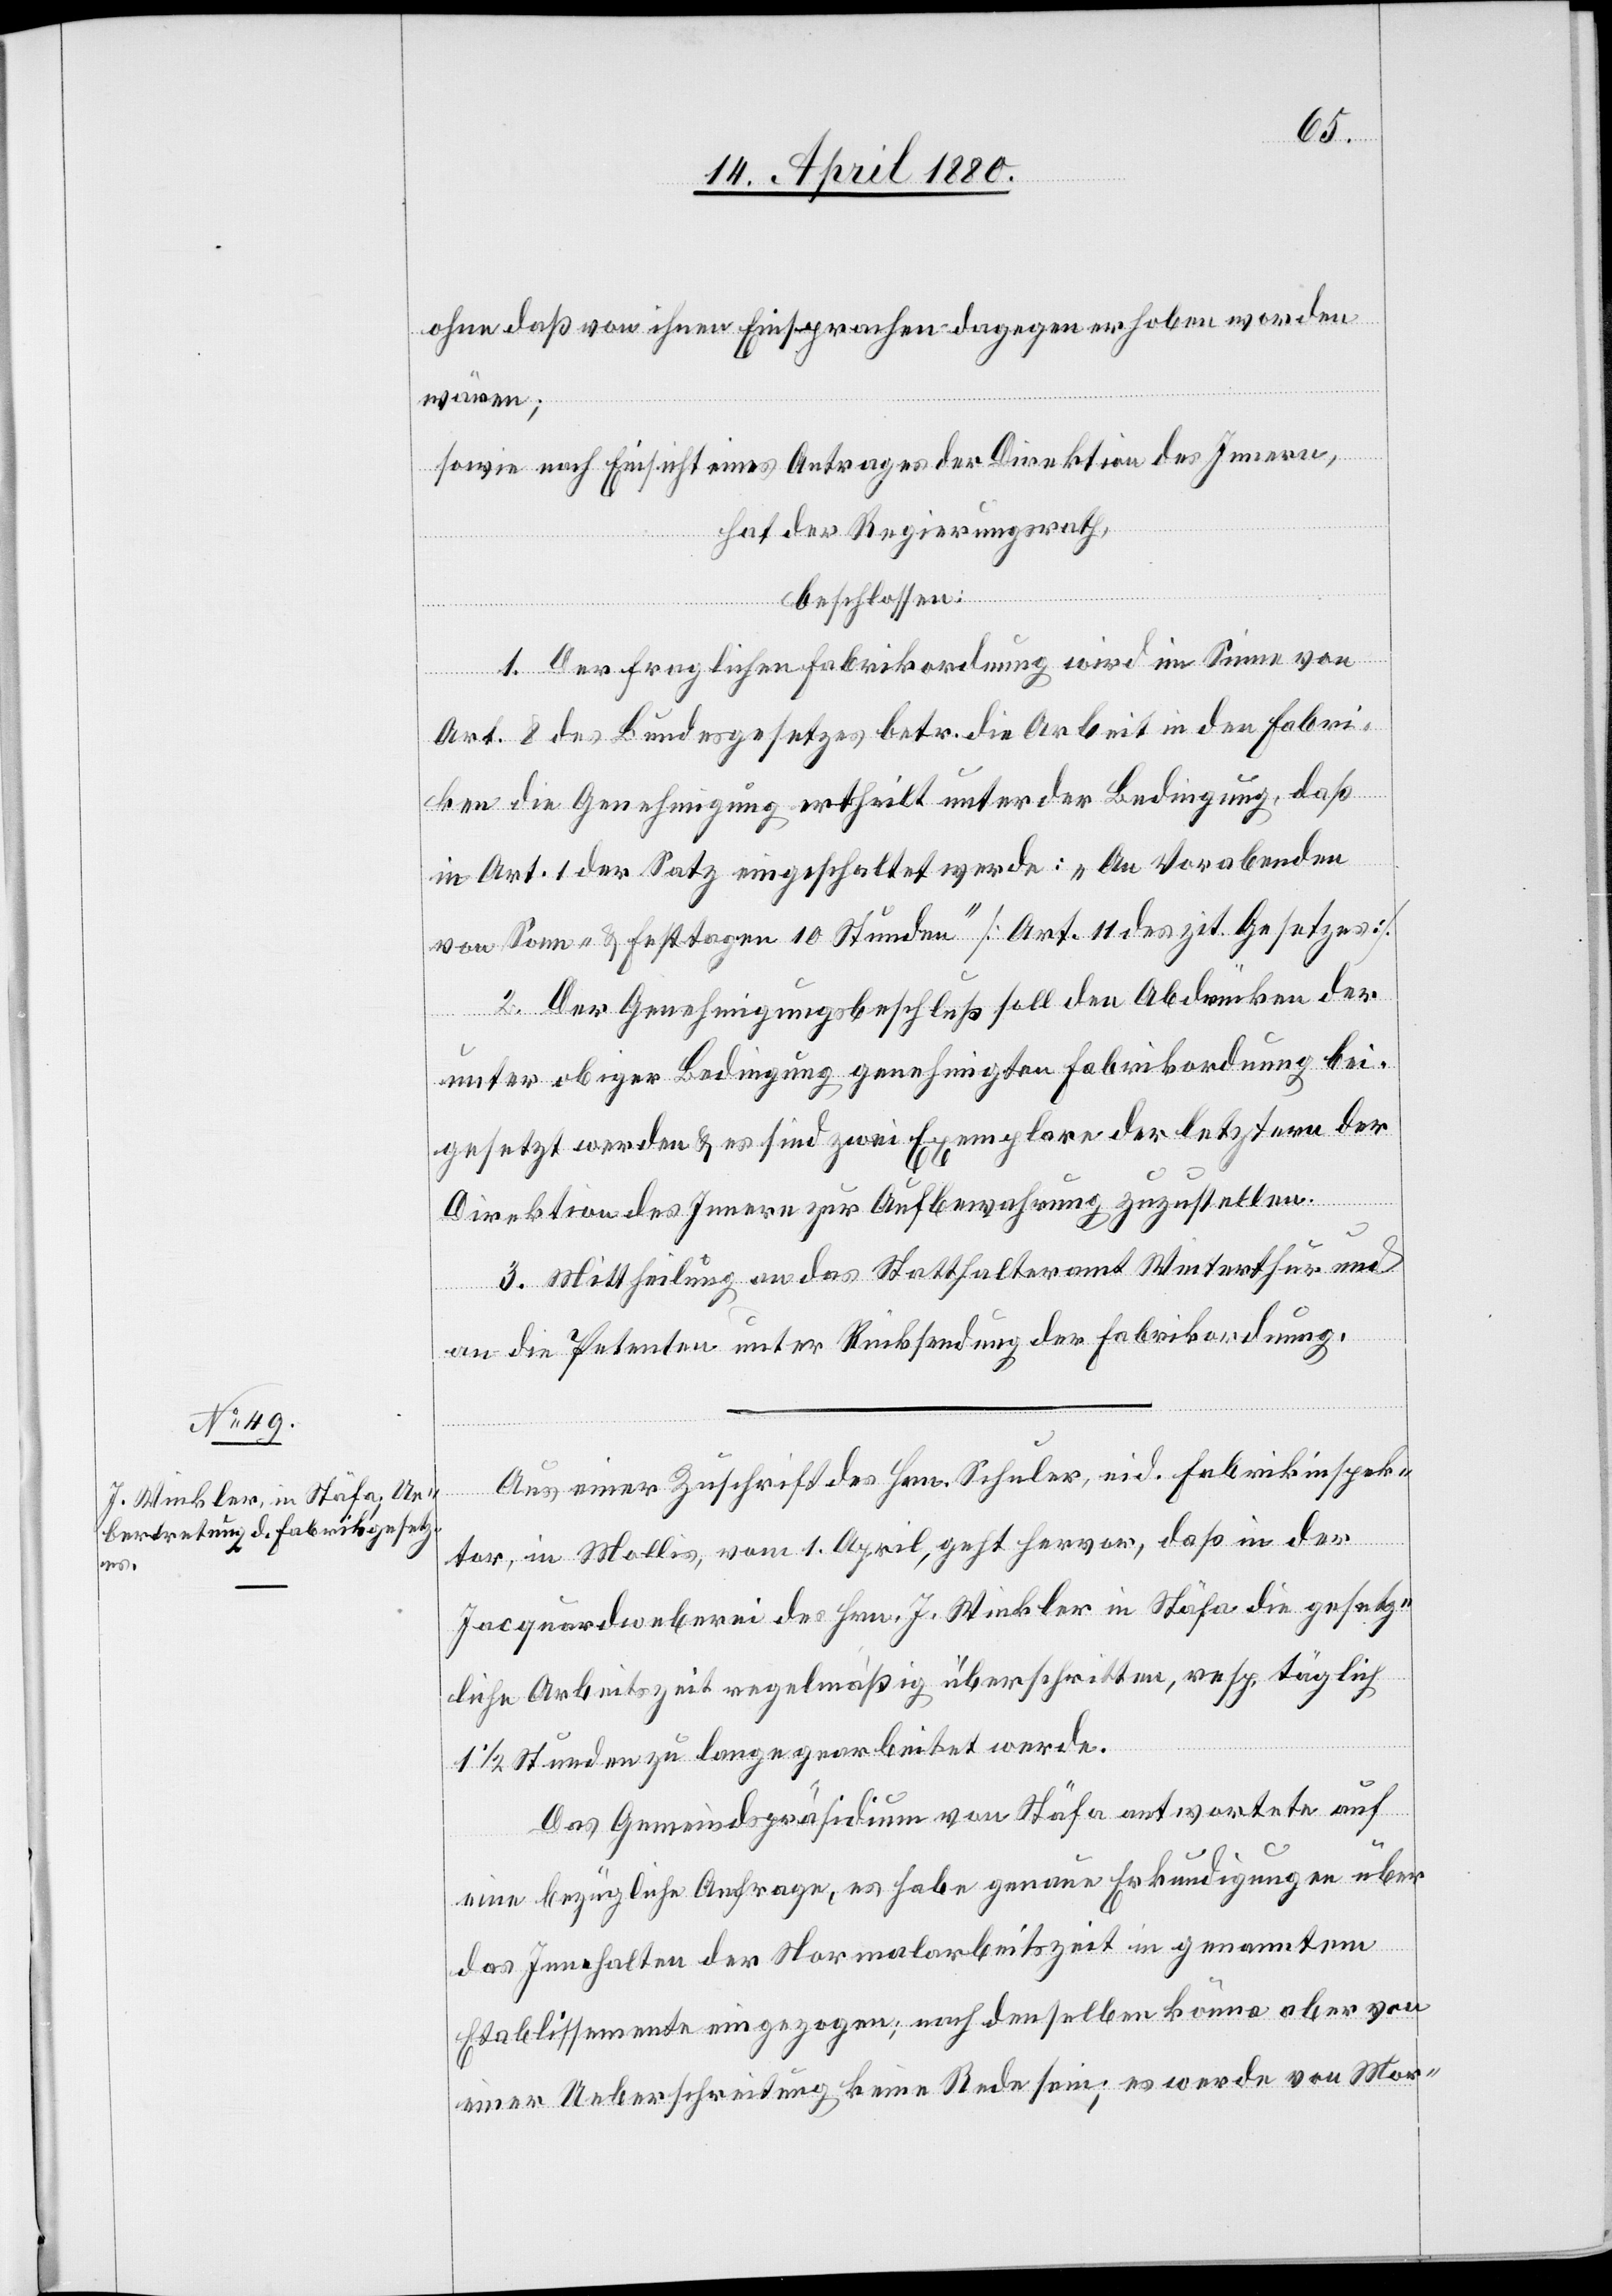
ohne daß von ihnen Einsprachen dagegen erhoben worden
wären;
sowie nach Einsicht eines Antrages der Direktion des Innern,
hat der Regierungsrath
beschlossen:
1. Der fraglichen Fabrikordnung wird im Sinne von
Art. 8 des Bundesgesetzes betr. die Arbeit in den Fabri¬
ken die Genehmigung ertheilt unter der Bedingung, daß
in Art. 1 der Satz eingeschaltet werde: „An Vorabenden
von Sonn- & Festtagen 10 Stunden“ [Art. 11 des zit. Gesetzes].
2. Der Genehmigungsbeschluß soll den Abdrücken der
unter obiger Bedingung genehmigten Fabrikordnung bei¬
gesetzt werden & es sind zwei Exemplare der letztern der
Direktion des Innern zur Aufbewahrung zuzustellen.
3. Mittheilung an das Statthalteramt Winterthur &
an die Petenten unter Rücksendung der Fabrikordnung.
Aus einer Zuschrift des Hrn. Schuler, eid. Fabrikinspek¬
tor, in Mollis, vom 1. April, geht hervor, daß in der
Jacquardweberei des Hrn. J. Winkler in Stäfa die gesetz¬
liche Arbeitszeit regelmäßig überschritten, resp. täglich
1 1/2 Stunden zu lange gearbeitet werde.
Das Gemeindspräsidium von Stäfa antwortete auf
eine bezügliche Anfrage, es habe genaue Erkundigungen über
das Innehalten der Normalarbeitszeit in genanntem
Etablissemente eingezogen; nach denselben könne aber von
einer Ueberschreitung keine Rede sein; es werde von Mor-